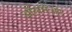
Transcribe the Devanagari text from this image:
ऑलनेअर